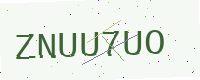
Text: ZNUU7UO